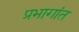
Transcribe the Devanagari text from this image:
प्रभागांत